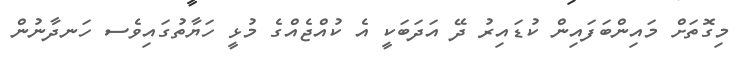
މިގޮތަށް މައިންބަފައިން ކުޑައިރު ދޭ އަދަބަކީ އެ ކުއްޖެއްގެ މުޅީ ހަޔާތުގައިވެސ ހަނދާނުން